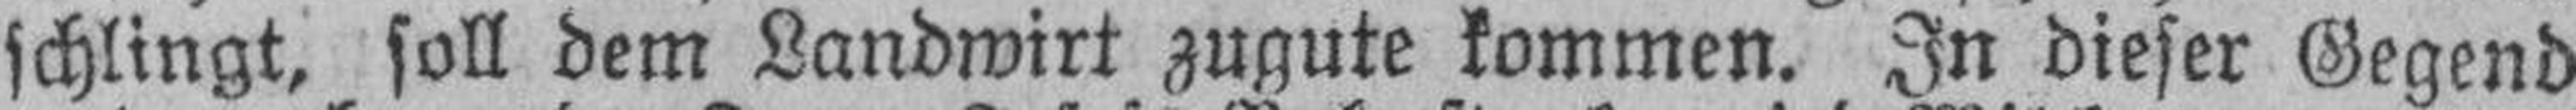
schlingt, soll dem Landwirt zugute kommen. In dieser Gegend